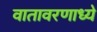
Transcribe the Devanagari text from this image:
वातावरणाध्ये